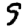
Digit: 9